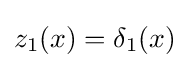
z_{1}(x)=\delta _{1}(x)